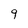
Character: 9